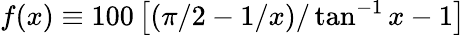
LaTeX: f(x)\equiv 100\left[\left(\pi/2-1/x\right)/\tan^{-1}x-1\right]